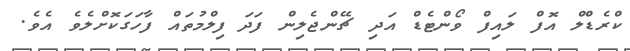
ކްރެޑްލް އޮފް ލައިފް ވޯންޓެޑް އަދި ޗޭންޖެލިން ފަދަ ފިލްމުތައް ފާހަގަކޮށްލެވެ އެވެ.